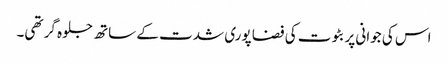
اس کی جوانی پر بٹوت کی فضا پوری شدت کے ساتھ جلوہ گر تھی۔